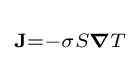
\scriptstyle \mathbf {J} =-\sigma S{\boldsymbol {\nabla }}T